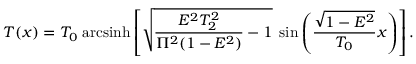
T ( x ) = T _ { 0 } \; \mathrm { a r c s i n h } \left[ \sqrt { \frac { E ^ { 2 } T _ { 2 } ^ { 2 } } { \Pi ^ { 2 } ( 1 - E ^ { 2 } ) } - 1 } \; \sin \left( \frac { \sqrt { 1 - E ^ { 2 } } } { T _ { 0 } } x \right) \right] .